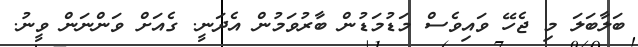
ބަލާބަލަ މި ޖެހޭ ވައިވެސް މަޑުމަޑުން ބާރުވަމުން އެދަނީ. ގެއަށް ވަންނަން ވީނު.